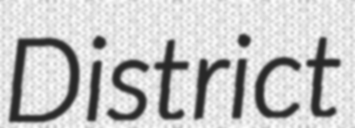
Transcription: District